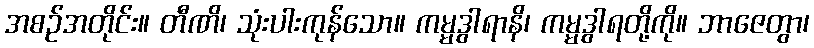
အစဉ်အတိုင်း။ တီဏိ၊ သုံးပါးကုန်သော။ ကမ္မဒွါရာနိ၊ ကမ္မဒွါရတို့ကို။ ဘာဇေတွာ၊